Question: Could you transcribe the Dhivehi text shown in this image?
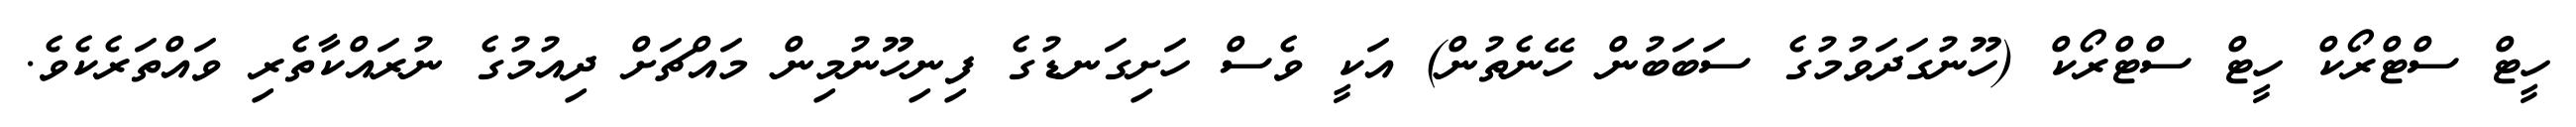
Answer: ހީޓް ސްޓްރޯކް ހީޓް ސްޓްރޯކް (ހޫނުގަދަވުމުގެ ސަބަބުން ހޭނެތުން) އަކީ ވެސް ހަށިގަނޑުގެ ފިނިހޫނުމިން މައްޗަށް ދިއުމުގެ ނުރައްކާތެރި ވައްތަރެކެވެ.